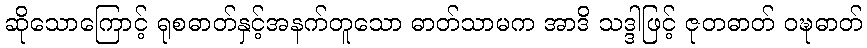
ဆိုသောကြောင့် ရုစဓာတ်နှင့်အနက်တူသော ဓာတ်သာမက အာဒိ သဒ္ဒါဖြင့် ဇုတဓာတ် ဝဍ္ဎဓာတ်